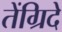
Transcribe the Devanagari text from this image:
तेंग्रिदे